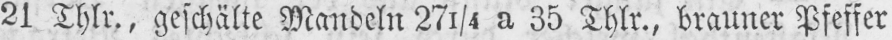
21 Thlr., geschälte Mandeln 271/4 a 35 Thlr., brauner Pfeffer